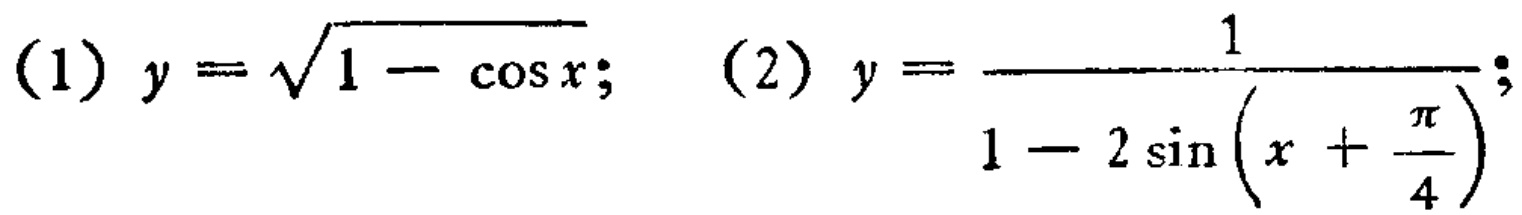
(1) \(y = \sqrt{1 - \cos x}\); (2) \(y=\frac{1}{1 - 2\sin\left(x+\frac{\pi}{4}\right)}\);